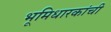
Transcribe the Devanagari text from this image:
भूमिधारकांची